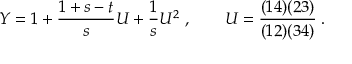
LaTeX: Y = 1 + { \frac { 1 + s - t } { s } } U + { \frac { 1 } { s } } U ^ { 2 } \; , \qquad U = { \frac { ( 1 4 ) ( 2 3 ) } { ( 1 2 ) ( 3 4 ) } } \; .